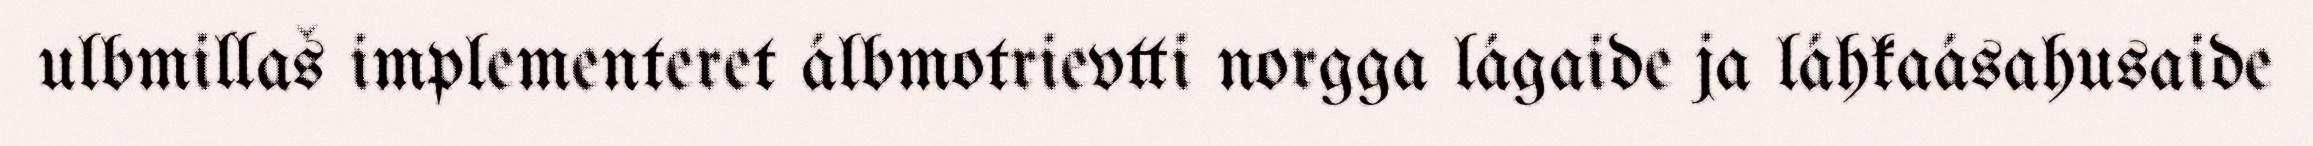
ulbmillaš implementeret álbmotrievtti norgga lágaide ja láhkaásahusaide